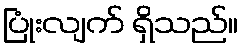
ပြုံးလျက် ရှိသည်။